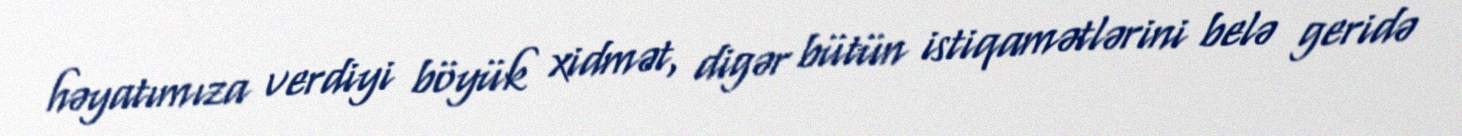
həyatımıza verdiyi böyük xidmət, digər bütün istiqamətlərini belə geridə